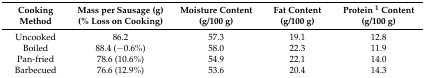
<table><thead><tr><td><b>Cooking Method</b></td><td><b>Mass per Sausage (g) (% Loss on Cooking)</b></td><td><b>Moisture Content (g/100 g)</b></td><td><b>Fat Content (g/100 g)</b></td><td><b>Protein <sup>1</sup> Content (g/100 g)</b></td></tr></thead><tbody><tr><td>Uncooked</td><td>86.2 </td><td>57.3</td><td>19.1</td><td>12.8</td></tr><tr><td>Boiled</td><td>88.4 (−0.6%)</td><td>58.0</td><td>22.3</td><td>11.9</td></tr><tr><td>Pan-fried</td><td>78.6 (10.6%)</td><td>54.9</td><td>22.1</td><td>14.0</td></tr><tr><td>Barbecued</td><td>76.6 (12.9%)</td><td>53.6</td><td>20.4</td><td>14.3</td></tr></tbody></table>